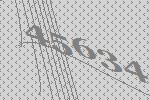
45634